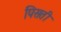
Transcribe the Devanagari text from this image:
पिसती